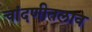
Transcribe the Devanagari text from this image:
चांदणीतलाव